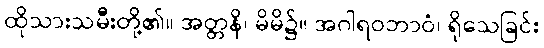
ထိုသားသမီးတို့၏။ အတ္တနိ၊ မိမိ၌။ အဂါရဝဘာဝံ၊ ရိုသေခြင်း